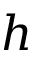
h